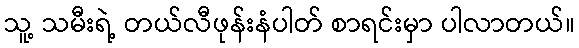
သူ့ သမီးရဲ့ တယ်လီဖုန်းနံပါတ် စာရင်းမှာ ပါလာတယ်။